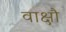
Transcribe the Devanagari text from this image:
वाक्षौ